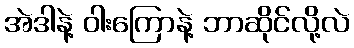
အဲဒါနဲ့ ဝါးကြောနဲ့ ဘာဆိုင်လို့လဲ